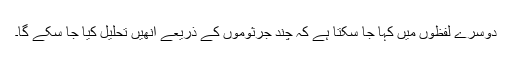
دوسرے لفظوں میں کہا جا سکتا ہے کہ چند جرثوموں کے ذریعے انھیں تحلیل کیا جا سکے گا۔